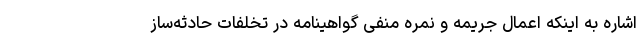
اشاره به اینکه اعمال جریمه و نمره منفی گواهینامه در تخلفات حادثه‌ساز